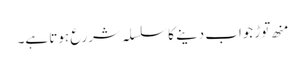
منھ توڑ جواب دینے کا سلسلہ شررع ہوتا ہے۔